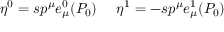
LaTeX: \eta ^ { 0 } = s p ^ { \mu } e _ { \mu } ^ { 0 } ( P _ { 0 } ) \ \ \ \ \eta ^ { 1 } = - s p ^ { \mu } e _ { \mu } ^ { 1 } ( P _ { 0 } )